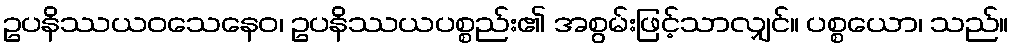
ဥပနိဿယဝသေနေဝ၊ ဥပနိဿယပစ္စည်း၏ အစွမ်းဖြင့်သာလျှင်။ ပစ္စယော၊ သည်။